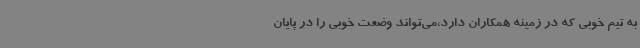
به تیم خوبی که در زمینه همکاران دارد،می‌تواند وضعت خوبی را در پایان